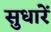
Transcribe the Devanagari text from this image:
सुधारें